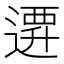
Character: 𨕞